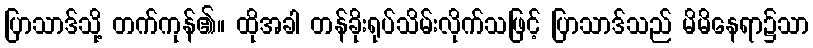
ပြာသာဒ်သို့ တက်ကုန်၏။ ထိုအခါ တန်ခိုးရုပ်သိမ်းလိုက်သဖြင့် ပြာသာဒ်သည် မိမိနေရာ၌သာ